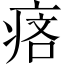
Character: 𤶾